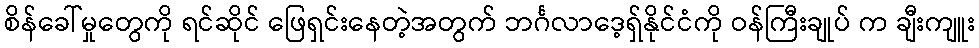
စိန်ခေါ်မှုတွေကို ရင်ဆိုင် ဖြေရှင်းနေတဲ့အတွက် ဘင်္ဂလာဒေ့ရှ်နိုင်ငံကို ဝန်ကြီးချုပ် က ချီးကျူး